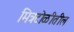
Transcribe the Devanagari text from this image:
मित्रटोळीतील